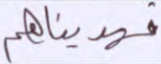
فهديناهم